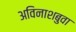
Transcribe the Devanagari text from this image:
अविनाशबुवा